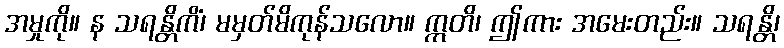
အမှုကို။ န သရန္တိကိံ၊ မမှတ်မိကုန်သလော။ ဣတိ၊ ဤကား အမေးတည်း။ သရန္တိ၊